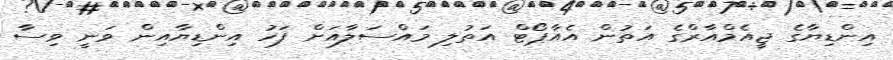
އިންޑިޔާގެ ޖީއެމްއާރްގެ އަތުން އެއާޕޯޓް އަތުލި މައްސަލާއަށް ފަހު އިންޑިޔާއިން ވަނީ ވިސާ